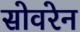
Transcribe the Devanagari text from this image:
सोवरेन